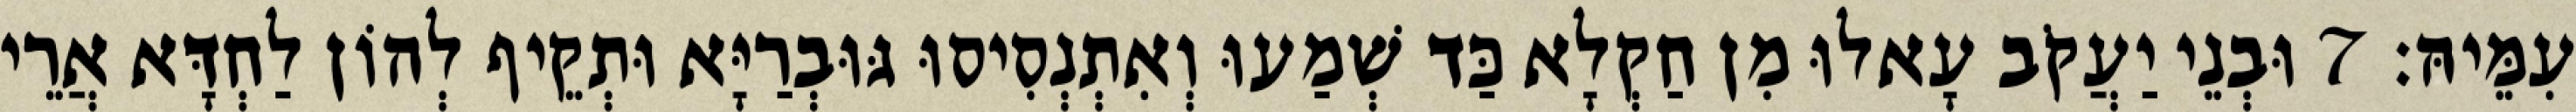
עִמֵּיהּ׃ 7 וּבְנֵי יַעֲקֹב עָאלוּ מִן חַקְלָא כַּד שְׁמַעוּ וְאִתְנְסִיסוּ גּוּבְרַיָּא וּתְקֵיף לְהוֹן לַחְדָּא אֲרֵי